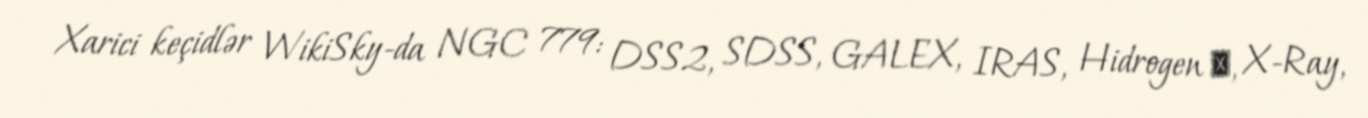
Xarici keçidlər WikiSky-da NGC 779: DSS2, SDSS, GALEX, IRAS, Hidrogen α, X-Ray,